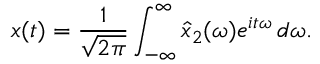
x ( t ) = { \frac { 1 } { \sqrt { 2 \pi } } } \int _ { - \infty } ^ { \infty } { \hat { x } } _ { 2 } ( \omega ) e ^ { i t \omega } \, d \omega .